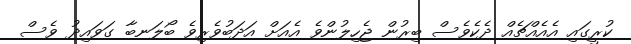
ކުރީގައި އެއެއްޗެއް ދެކެވެސް ބިރުން ޖެހިލުންވެ އެއަށް އަދަބުވެރިވެ ބޯލަނބާ ގަވައިދު ވެސް